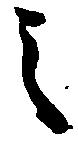
之